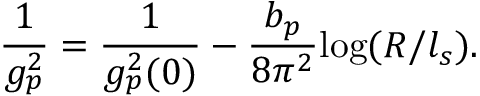
\frac { 1 } { g _ { p } ^ { 2 } } = \frac { 1 } { g _ { p } ^ { 2 } ( 0 ) } - \frac { b _ { p } } { 8 \pi ^ { 2 } } \mathrm { l o g } ( R / l _ { s } ) .